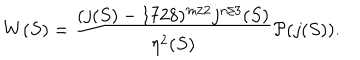
LaTeX: W ( S ) = \frac { ( j ( S ) - 1 7 2 8 ) ^ { m / 2 } j ^ { n / 3 } ( S ) } { \eta ^ { 2 } ( S ) } { \cal P } ( j ( S ) ) .